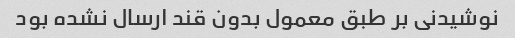
نوشیدنی بر طبق معمول بدون قند ارسال نشده بود